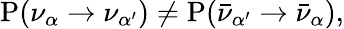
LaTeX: \mathrm{P}(\nu_{\alpha}\to\nu_{\alpha^{\prime}})\neq\mathrm{P}(\bar{\nu}_{\alpha^{\prime}}\to\bar{\nu}_{\alpha}),